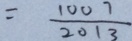
= \frac { 1 0 0 7 } { 2 0 1 3 }